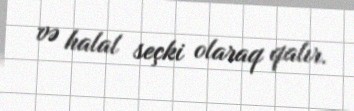
və halal seçki olaraq qalır.